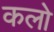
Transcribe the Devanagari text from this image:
कलो